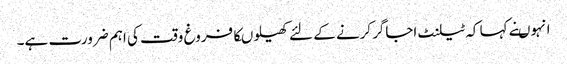
انہوںنے کہا کہ ٹیلنٹ اجاگرکرنے کے لئے کھیلوںکافروغ وقت کی اہم ضرورت ہے۔